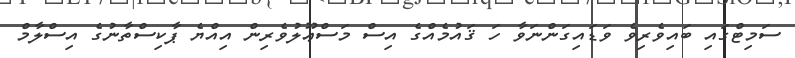
ސަމިޓްގައި ބައިވެރިވެ ވަޑައިގަންނަވާ ހަ ޤައުމެއްގެ އިސް މަސްޢޫލުވެރިން އިއްޔެ ޕާކިސްތާނުގެ އިސްލާމް